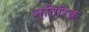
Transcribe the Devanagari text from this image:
अ्तिरिक्त